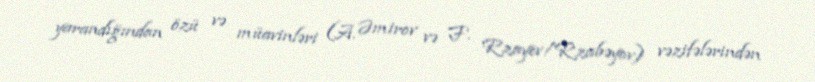
yarandığından özü və müavinləri (A. Əmirov və F. Rzayev/Rzabəyov) vəzifələrindən